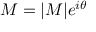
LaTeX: M = | M | e ^ { i \theta }